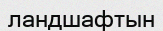
ландшафтын